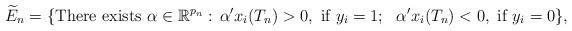
LaTeX: \begin{align*}\widetilde{E}_n = \{\mbox{There exists}\ \alpha\in\mathbb{R}^{p_n}:\, \alpha'x_i(T_n)> 0,\ \mbox{if}\ y_i=1;\ \ \alpha'x_i(T_n)< 0,\ \mbox{if}\ y_i=0\},\end{align*}